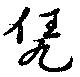
凭